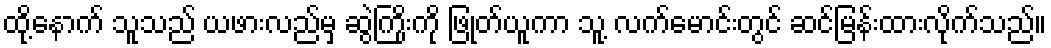
ထို့နောက် သူသည် ယဖားလည်မှ ဆွဲကြိုးကို ဖြုတ်ယူကာ သူ့ လက်မောင်းတွင် ဆင်မြန်းထားလိုက်သည်။